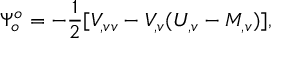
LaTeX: \Psi _ { o } ^ { o } = - { \frac { 1 } { 2 } } [ V _ { , v v } - V _ { , v } ( U _ { , v } - M _ { , v } ) ] ,